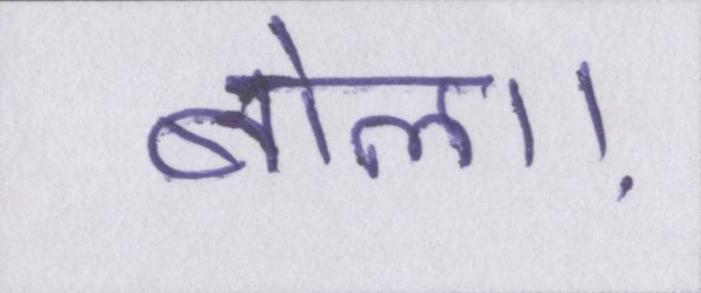
बोला।